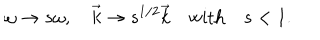
LaTeX: \omega \to s \omega , \quad \vec { k } \to s ^ { 1 / 2 } \vec { k } \quad \mathrm { w i t h } \quad s < 1 .